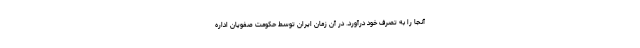
آنجا را به تصرف خود درآورد. در آن زمان ایران توسط حکومت صفویان اداره